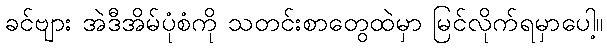
ခင်ဗျား အဲဒီအိမ်ပုံစံကို သတင်းစာတွေထဲမှာ မြင်လိုက်ရမှာပေါ့။